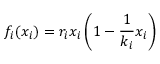
{ f } _ { i } ( x _ { i } ) = r _ { i } x _ { i } \left( 1 - \frac { 1 } { k _ { i } } x _ { i } \right)